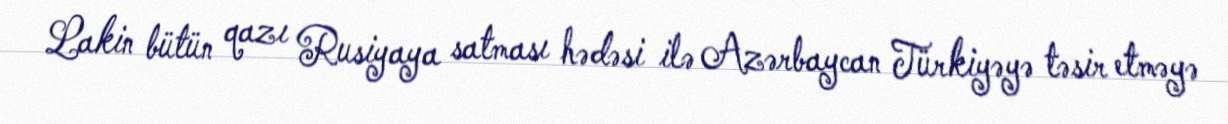
Lakin bütün qazı Rusiyaya satması hədəsi ilə Azərbaycan Türkiyəyə təsir etməyə